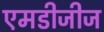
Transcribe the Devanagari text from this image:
एमडीजीज